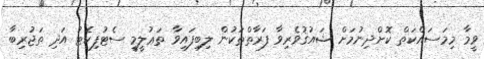
ވީމާ މިމަސައްކަތް ކޮށްދިނުމަށް ޝައުޤުވެރިވާ ފަރާތްތަކުން ލިބިފައިވާ ތަޢުލީމީ ސެޓުފިކެޓު އަދި ތަޖުރިބާ